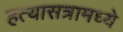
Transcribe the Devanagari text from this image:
हत्यासत्रामध्ये